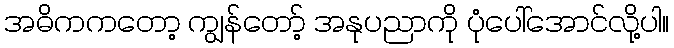
အဓိကကတော့ ကျွန်တော့် အနုပညာကို ပုံပေါ်အောင်လို့ပါ။